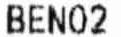
BEN02